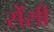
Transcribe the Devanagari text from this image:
सेंसी